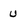
Character: U